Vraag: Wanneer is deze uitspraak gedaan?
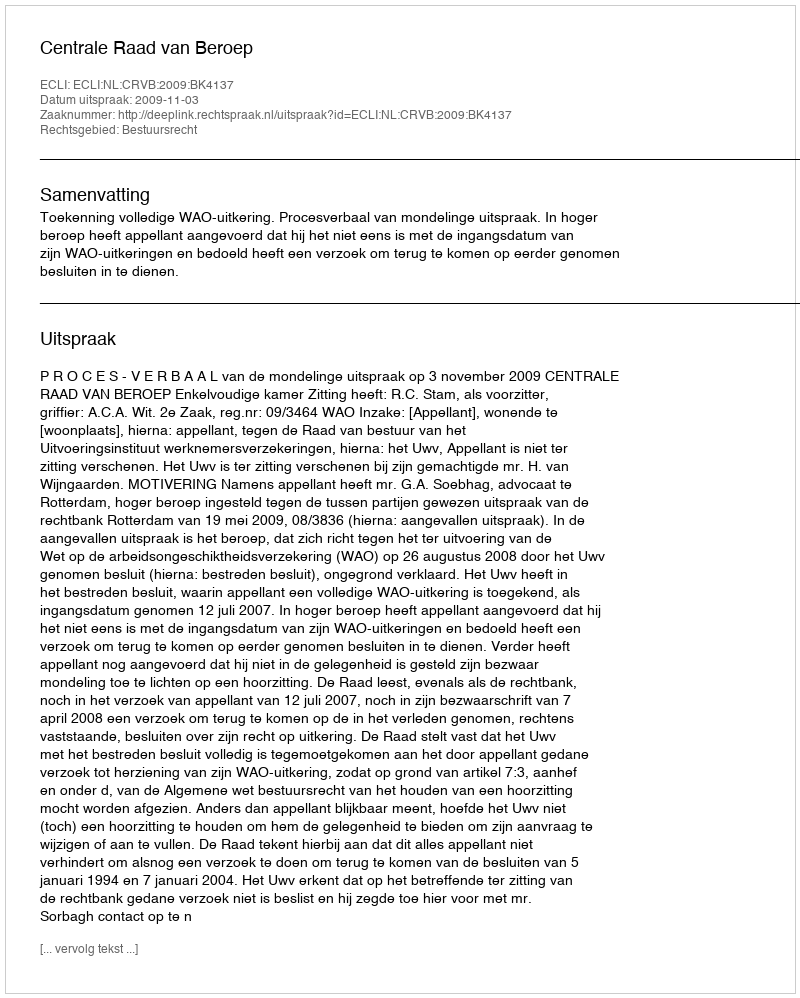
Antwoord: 2009-11-03